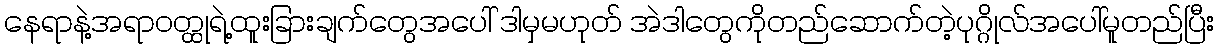
နေရာနဲ့အရာဝတ္ထုရဲ့ထူးခြားချက်တွေအပေါ် ဒါမှမဟုတ် အဲဒါတွေကိုတည်ဆောက်တဲ့ပုဂ္ဂိုလ်အပေါ်မူတည်ပြီး